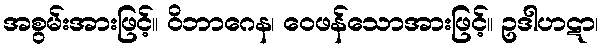
အစွမ်းအားဖြင့်။ ဝိဘာဂေန၊ ဝေဖန်သောအားဖြင့်။ ဥဒါဟဋာ၊